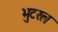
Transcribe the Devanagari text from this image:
भुटरल